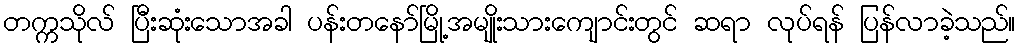
တက္ကသိုလ် ပြီးဆုံးသောအခါ ပန်းတနော်မြို့အမျိုးသားကျောင်းတွင် ဆရာ လုပ်ရန် ပြန်လာခဲ့သည်။